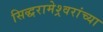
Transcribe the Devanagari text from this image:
सिद्धरामेश्र्वरांच्या